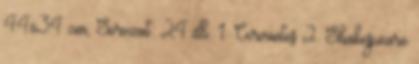
44x34 cm, Sorozat: 24 db. 1. Cervantes 2. Shakespeare